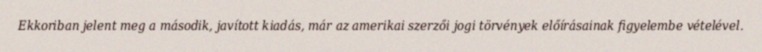
Ekkoriban jelent meg a második, javított kiadás, már az amerikai szerzői jogi törvények előírásainak figyelembe vételével.